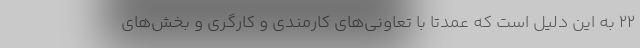
۲۲ به این دلیل است که عمدتا با تعاونی‌های کارمندی و کارگری و بخش‌های